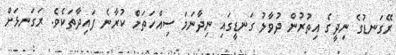
ރޭގަނޑުގެ ނިދީގެ އިތުރުން ދުވާލު ގަނޑީގައި ނިދާނަމަ ސިއްހަތަށް ކުރާނެ ފައިދާތަކެވެ. ރަގަނޅަށް